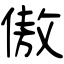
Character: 傲